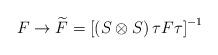
LaTeX: \begin{align*}F \rightarrow \widetilde{F} = \left[ (S \otimes S) \,\tau F\tau \right]^{-1}\end{align*}